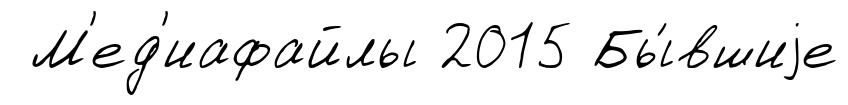
М'ед'иафайлы 2015 Бы́вшиjе